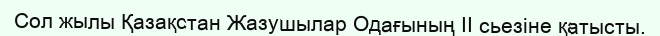
Сол жылы Қазақстан Жазушылар Одағының ІІ сьезіне қатысты.